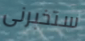
ستخبرنى